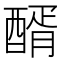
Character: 醑